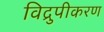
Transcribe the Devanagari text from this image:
विद्रुपीकरण